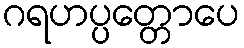
ဂရဟပ္ပတ္တောပေ